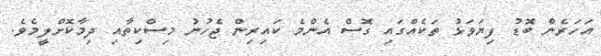
އަހަރެން ބޮޑު ފިޔަވަޅު ތަކެއްގައި ގޮސް އެންމެ ކައިރިން ޖެހުނު މިސްކިތާއި ދިމާކޮށްލީމެވެ.